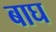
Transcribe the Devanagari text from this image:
बाघ्‍ा